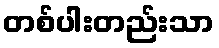
တစ်ပါးတည်းသာ